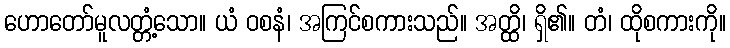
ဟောတော်မူလတ္တံ့သော။ ယံ ဝစနံ၊ အကြင်စကားသည်။ အတ္ထိ၊ ရှိ၏။ တံ၊ ထိုစကားကို။